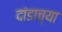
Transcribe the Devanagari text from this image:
दांडाच्या